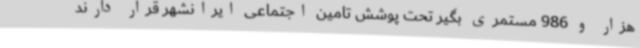
هزار و 986 مستمری بگیر تحت پوشش تامین اجتماعی ایرانشهر قرار دارند